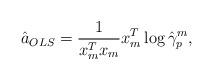
LaTeX: \begin{align*}\hat{a}_{OLS} = \frac{1}{x_m^T x_m} x_m^T \log \hat{\gamma}_p^m,\end{align*}